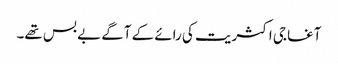
آغا جی اکثریت کی رائے کے آگے بے بس تھے۔